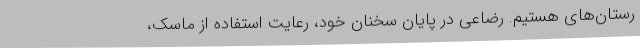
رستان‌های هستیم. رضاعی در پایان سخنان خود، رعایت استفاده از ماسک،